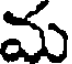
మ